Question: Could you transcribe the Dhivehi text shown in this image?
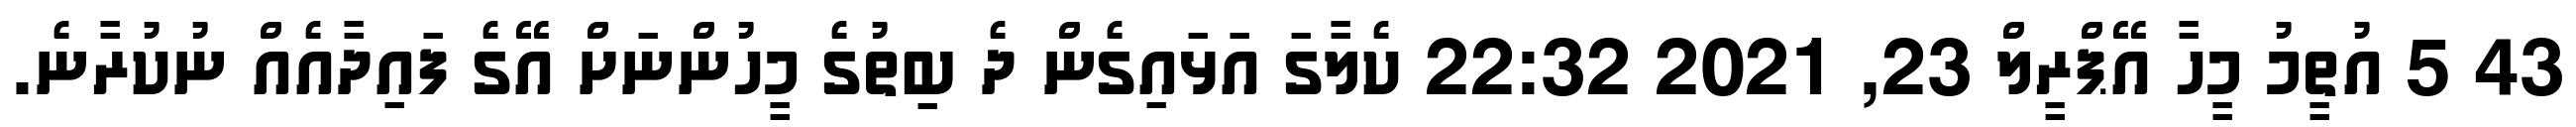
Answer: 43 5 އުތީމު މީހާ އޭޕްރީލް 23, 2021 22:32 ކެލާގަ އަޅައިގެން ދެ ބިތުގެ މީހުންނަށް އޭގެ ފައިދާއެއް ނުކުރާނެ.